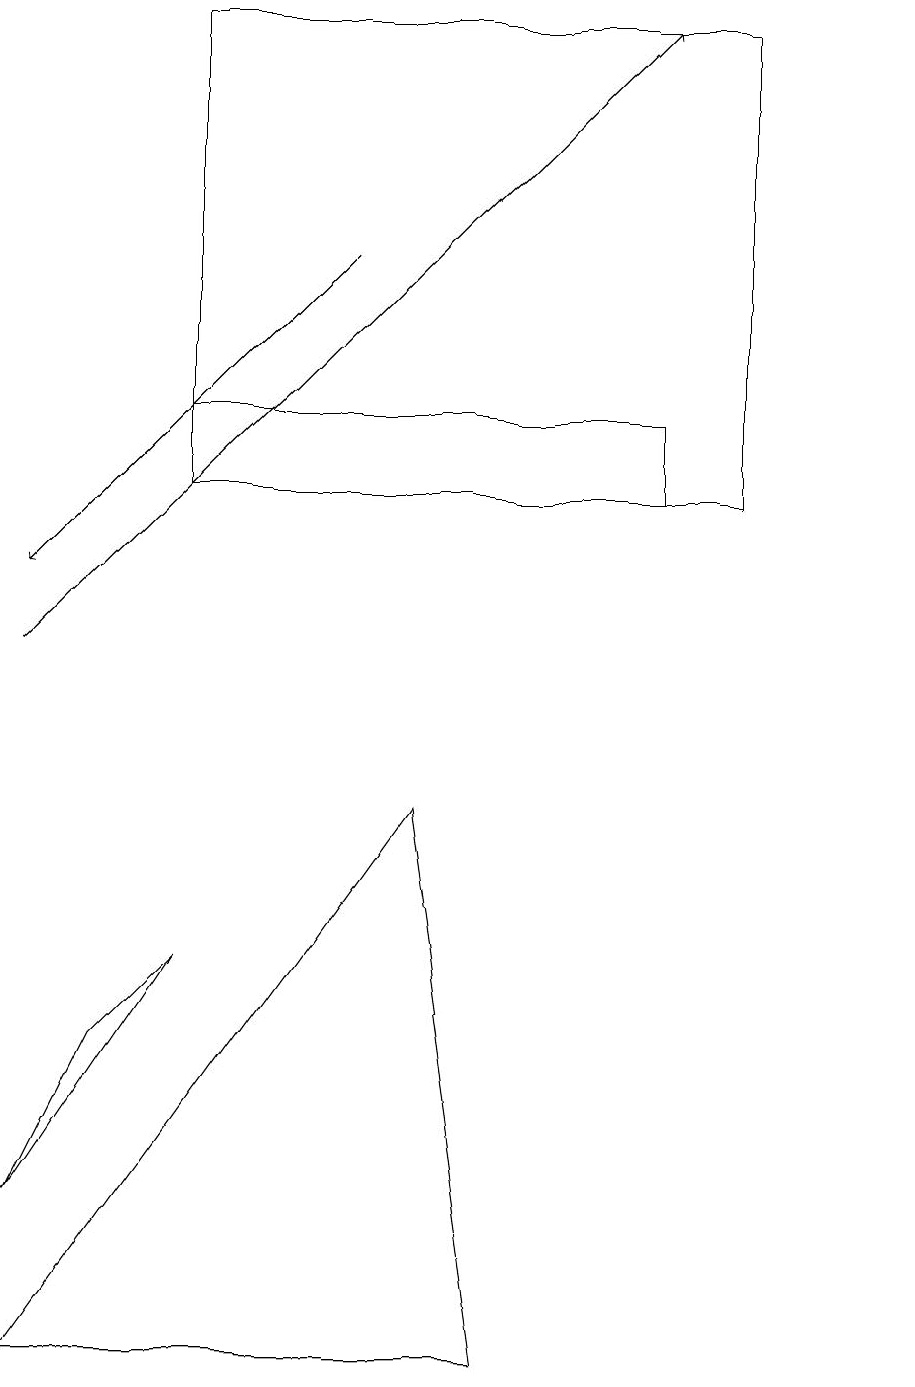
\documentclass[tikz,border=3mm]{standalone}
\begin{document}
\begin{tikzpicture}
\draw (5,8) -- (6,1) -- (0,1) -- cycle;
\draw (2,6) -- (0,3) -- (1,5) -- cycle;
\draw[->] (0,10) -- (8,18);
\draw[->] (4,15) -- (0,11);
\draw (11,10) circle (0);
\draw (2,13) rectangle (8,12);
\draw (9,12) rectangle (2,18);
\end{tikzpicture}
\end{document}